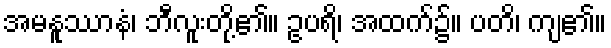
အမနူဿာနံ၊ ဘီလူးတို့၏။ ဥပရိ၊ အထက်၌။ ပတိ၊ ကျ၏။